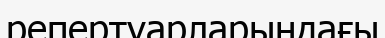
репертуарларындағы